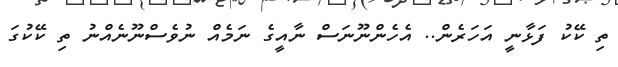
ތި ކޭކު ފަޅާނީ އަހަރެން.. އެހެންނޫނަސް ނާއީގެ ނަމެއް ނުވެސްނޫނެއްނު ތި ކޭކުގަ